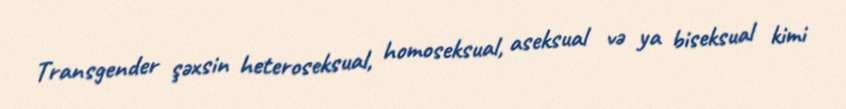
Transgender şəxsin heteroseksual, homoseksual, aseksual və ya biseksual kimi